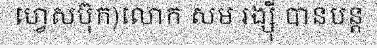
ហ្វេសប៊ុក)លោក សម រង្ស៊ី បានបន្ត